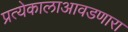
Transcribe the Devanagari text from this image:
प्रत्येकालाआवडणारा